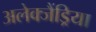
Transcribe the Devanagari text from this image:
अलेक्जैंड्रिया